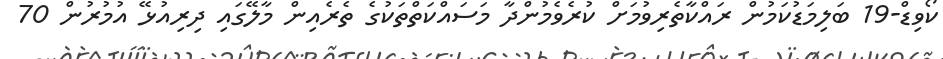
ކޯވިޑް-19 ބަލިމަޑުކަމުން ރައްކާތެރިވުމަށް ކުރެވެމުންދާ މަސައްކަތްތަކުގެ ތެރެއިން މާލޭގައި ދިރިއުޅޭ އުމުރުން 70